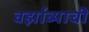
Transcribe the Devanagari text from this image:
वर्झाव्याची